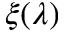
\xi ( \lambda )